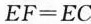
$$E F = E C$$。